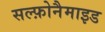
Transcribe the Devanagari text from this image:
सल्फ़ोनैमाइड